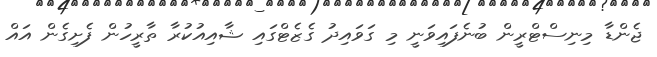
ޖެންޑާ މިނިސްޓްރީން ބުނެފައިވަނީ މި ގަވައިދު ގެޒެޓްގައި ޝާއިއުކުރާ ތާރީހުން ފެށިގެން އައް